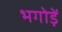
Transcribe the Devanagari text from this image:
भगोड़ें